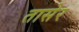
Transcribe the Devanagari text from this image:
तासेर